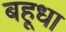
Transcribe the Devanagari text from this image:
बहूधा